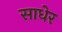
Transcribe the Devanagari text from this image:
साधेर